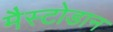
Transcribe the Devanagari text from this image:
मैस्टोडान